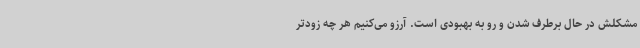
مشکلش در حال برطرف شدن و رو به بهبودی است. آرزو می‌کنیم هر چه زودتر